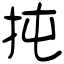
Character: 扽